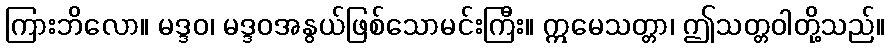
ကြားဘိလော။ မဒ္ဒဝ၊ မဒ္ဒဝအနွယ်ဖြစ်သောမင်းကြီး။ ဣမေသတ္တာ၊ ဤသတ္တဝါတို့သည်။